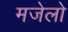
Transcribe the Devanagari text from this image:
मजेलो